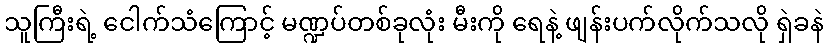
သူကြီးရဲ့ ငေါက်သံကြောင့် မဏ္ဍပ်တစ်ခုလုံး မီးကို ရေနဲ့ ဖျန်းပက်လိုက်သလို ရှဲခနဲ